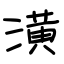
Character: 潢